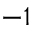
- 1